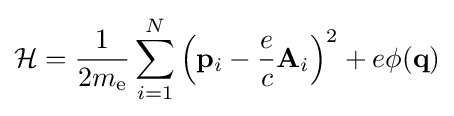
{\mathcal {H}}={\frac {1}{2m_{\text{e}}}}\sum _{i=1}^{N}\left(\mathbf {p} _{i}-{\frac {e}{c}}\mathbf {A} _{i}\right)^{2}+e\phi (\mathbf {q} )